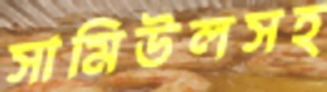
সামিউলসহ